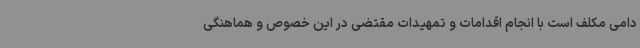
دامی مکلف است با انجام اقدامات و تمهیدات مقتضی در این خصوص و هماهنگی